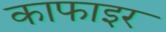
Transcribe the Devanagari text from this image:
काफाइर